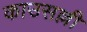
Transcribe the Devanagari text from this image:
काउसल्ली